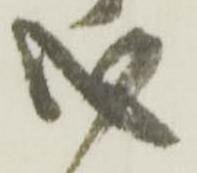
心